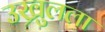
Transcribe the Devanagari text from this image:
उख्रुलला